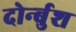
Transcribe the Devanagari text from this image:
दोर्न्बुश